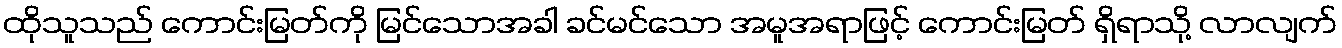
ထိုသူသည် ကောင်းမြတ်ကို မြင်သောအခါ ခင်မင်သော အမူအရာဖြင့် ကောင်းမြတ် ရှိရာသို့ လာလျက်